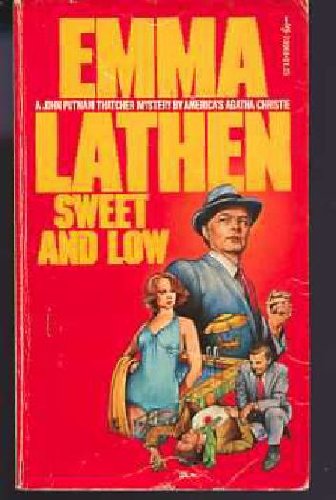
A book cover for Sweet and Low; Emma Lathen; Mystery, Thriller & Suspense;